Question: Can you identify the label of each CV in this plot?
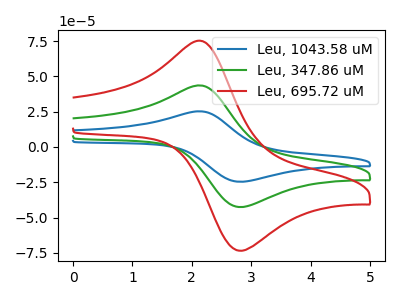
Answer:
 <answer>The blue curve is labeled "Leu, 1043.58 uM". The green curve is labeled "Leu, 347.86 uM". The red curve is labeled "Leu, 695.72 uM".</answer>
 <eval></eval>